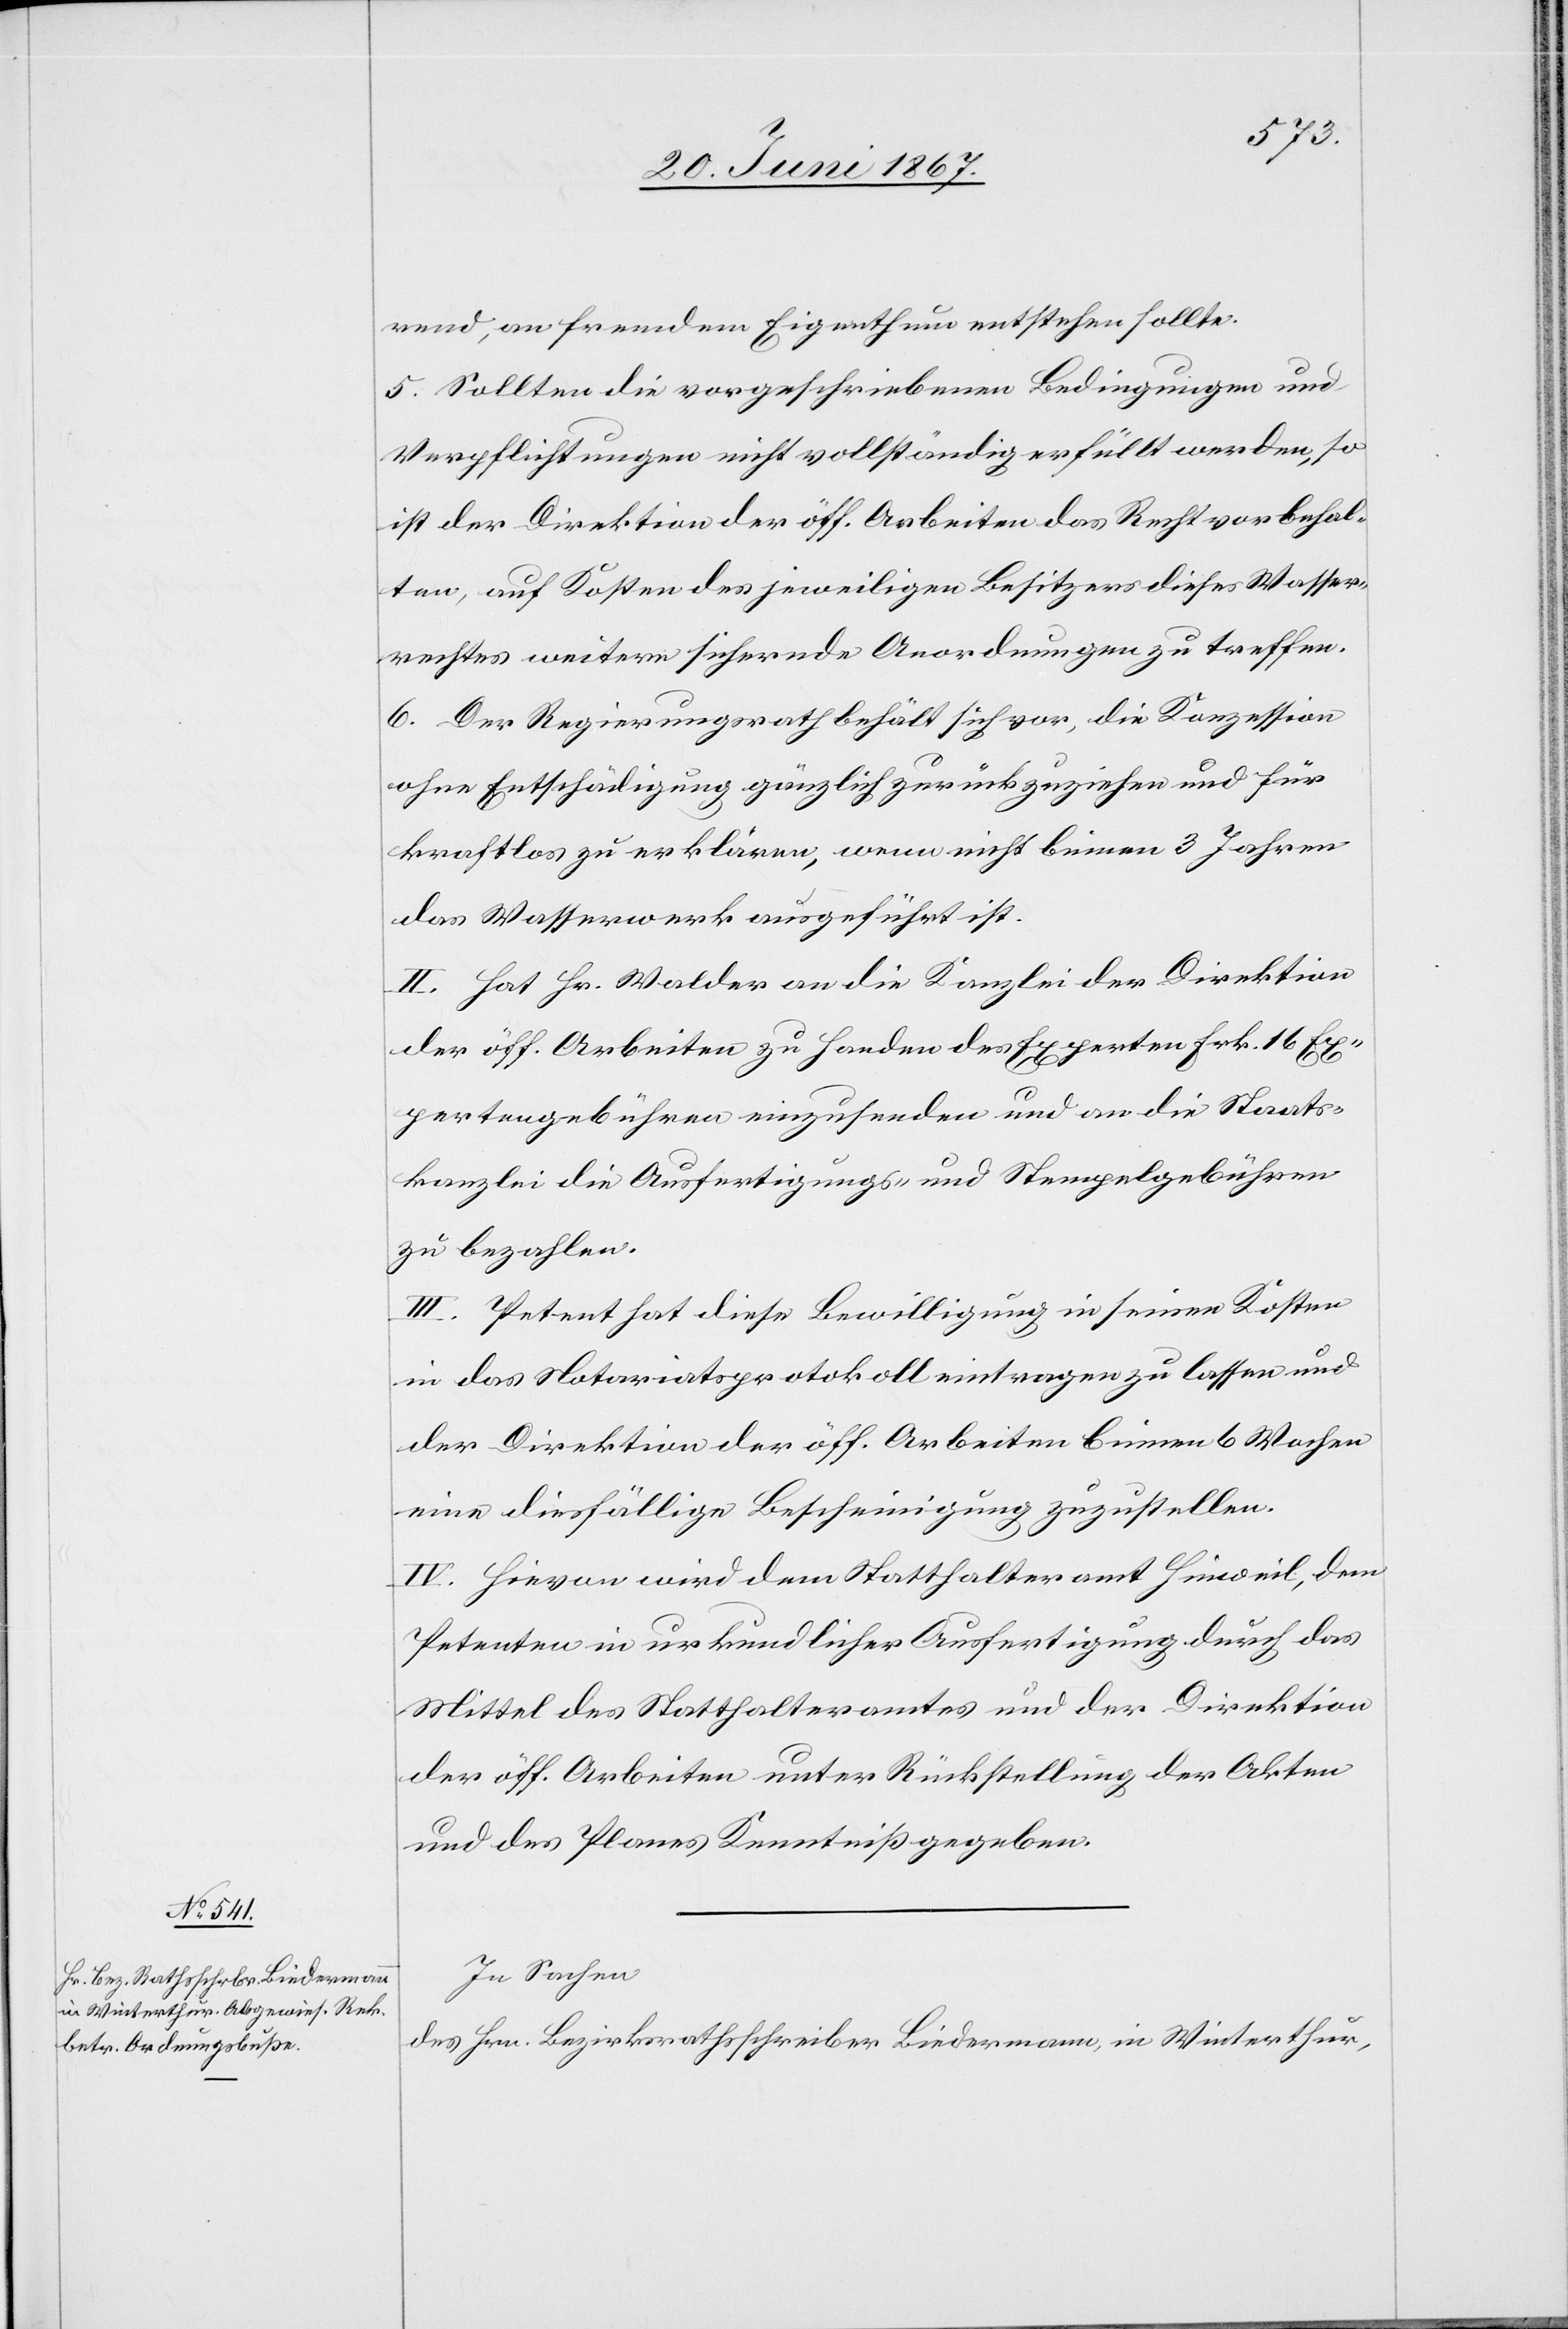
rend, an fremdem Eigenthum entstehen sollte.
5. Sollten die vorgeschriebenen Bedingungen und
Verpflichtungen nicht vollständig erfüllt werden, so
ist der Direktion der öff. Arbeiten das Recht vorbehal¬
ten, auf Kosten des jeweiligen Besitzers dieses Wasser¬
rechtes weitere sichernde Anordnungen zu treffen.
6. Der Regierungsrath behält sich vor, die Konzession
ohne Entschädigung gänzlich zurückzuziehen und für
kraftlos zu erklären, wenn nicht binnen 3 Jahren
das Wasserwerk ausgeführt ist.
II. Hat Hr. Walder an die Kanzlei der Direktion
der öff. Arbeiten zu Handen des Experten Frk. 16 Exp¬
ertengebühren einzusenden und an die Staats¬
kanzlei die Ausfertigungs- und Stempelgebühren
zu bezahlen.
III. Petent hat diese Bewilligung in seinen Kosten
in das Notariatsprotokoll eintragen zu lassen und
der Direktion der öff. Arbeiten binnen 6 Wochen
eine diesfällige Bescheinigung zuzustellen.
IV. Hievon wird dem Statthalteramt Hinweil, dem
Petenten in urkundlicher Ausfertigung durch das
Mittel des Statthalteramtes und der Direktion
der öff. Arbeiten unter Rückstellung der Akten
und des Planes Kenntniß gegeben.
In Sachen
des Hrn. Bezirksrathsschreiber Biedermann, in Winterthur,